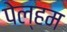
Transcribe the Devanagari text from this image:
पेल्हम